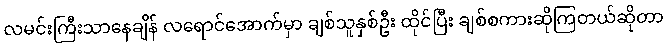
လမင်းကြီးသာနေချိန် လရောင်အောက်မှာ ချစ်သူနှစ်ဦး ထိုင်ပြီး ချစ်စကားဆိုကြတယ်ဆိုတာ